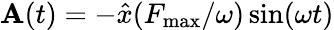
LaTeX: {\mathbf A}(t)=-\hat{x}(F_{\mathrm{max}}/\omega)\sin(\omega t)